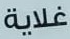
غلاية